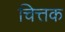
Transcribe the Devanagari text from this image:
चित्तक